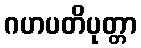
ဂဟပတိပုတ္တာ